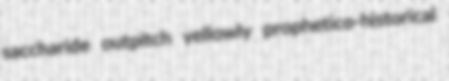
saccharide outpitch yellowly prophetico-historical